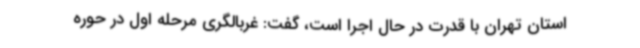
استان تهران با قدرت در حال اجرا است، گفت: غربالگری مرحله اول در حوره